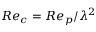
R e _ { c } = R e _ { p } / \lambda ^ { 2 }